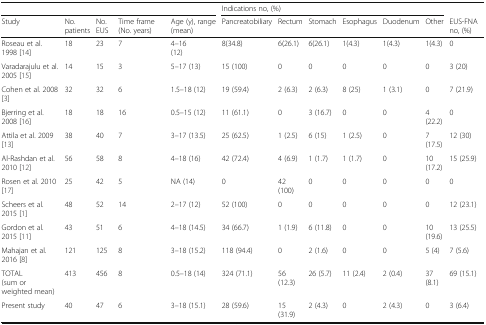
<table><thead><tr><td colspan="5"></td><td colspan="6"><b>Indications no, (%)</b></td><td></td></tr><tr><td><b>Study</b></td><td><b>No. patients</b></td><td><b>No. EUS</b></td><td><b>Time frame (No. years)</b></td><td><b>Age (y), range (mean)</b></td><td><b>Pancreatobiliary</b></td><td><b>Rectum</b></td><td><b>Stomach</b></td><td><b>Esophagus</b></td><td><b>Duodenum</b></td><td><b>Other</b></td><td><b>EUS-FNA no, (%)</b></td></tr></thead><tbody><tr><td>Roseau et al. 1998 [14]</td><td>18</td><td>23</td><td>7</td><td>4–16(12)</td><td>8(34.8)</td><td>6(26.1)</td><td>6(26.1)</td><td>1(4.3)</td><td>1(4.3)</td><td>1(4.3)</td><td>0</td></tr><tr><td>Varadarajulu et al. 2005 [15]</td><td>14</td><td>15</td><td>3</td><td>5–17 (13)</td><td>15 (100)</td><td>0</td><td>0</td><td>0</td><td>0</td><td>0</td><td>3 (20)</td></tr><tr><td>Cohen et al. 2008 [3]</td><td>32</td><td>32</td><td>6</td><td>1.5–18 (12)</td><td>19 (59.4)</td><td>2 (6.3)</td><td>2 (6.3)</td><td>8 (25)</td><td>1 (3.1)</td><td>0</td><td>7 (21.9)</td></tr><tr><td>Bjerring et al. 2008 [16]</td><td>18</td><td>18</td><td>16</td><td>0.5–15 (12)</td><td>11 (61.1)</td><td>0</td><td>3 (16.7)</td><td>0</td><td>0</td><td>4 (22.2)</td><td>0</td></tr><tr><td>Attila et al. 2009 [13]</td><td>38</td><td>40</td><td>7</td><td>3–17 (13.5)</td><td>25 (62.5)</td><td>1 (2.5)</td><td>6 (15)</td><td>1 (2.5)</td><td>0</td><td>7 (17.5)</td><td>12 (30)</td></tr><tr><td>Al-Rashdan et al. 2010 [12]</td><td>56</td><td>58</td><td>8</td><td>4–18 (16)</td><td>42 (72.4)</td><td>4 (6.9)</td><td>1 (1.7)</td><td>1 (1.7)</td><td>0</td><td>10 (17.2)</td><td>15 (25.9)</td></tr><tr><td>Rosen et al. 2010 [17]</td><td>25</td><td>42</td><td>5</td><td>NA (14)</td><td>0</td><td>42 (100)</td><td>0</td><td>0</td><td>0</td><td>0</td><td>0</td></tr><tr><td>Scheers et al. 2015 [1]</td><td>48</td><td>52</td><td>14</td><td>2–17 (12)</td><td>52 (100)</td><td>0</td><td>0</td><td>0</td><td>0</td><td>0</td><td>12 (23.1)</td></tr><tr><td>Gordon et al. 2015 [11]</td><td>43</td><td>51</td><td>6</td><td>4–18 (14.5)</td><td>34 (66.7)</td><td>1 (1.9)</td><td>6 (11.8)</td><td>0</td><td>0</td><td>10 (19.6)</td><td>13 (25.5)</td></tr><tr><td>Mahajan et al. 2016 [8]</td><td>121</td><td>125</td><td>8</td><td>3–18 (15.2)</td><td>118 (94.4)</td><td>0</td><td>2 (1.6)</td><td>0</td><td>0</td><td>5 (4)</td><td>7 (5.6)</td></tr><tr><td>TOTAL(sum or weighted mean)</td><td>413</td><td>456</td><td>8</td><td>0.5–18 (14)</td><td>324 (71.1)</td><td>56 (12.3)</td><td>26 (5.7)</td><td>11 (2.4)</td><td>2 (0.4)</td><td>37 (8.1)</td><td>69 (15.1)</td></tr><tr><td>Present study</td><td>40</td><td>47</td><td>6</td><td>3–18 (15.1)</td><td>28 (59.6)</td><td>15 (31.9)</td><td>2 (4.3)</td><td>0</td><td>2 (4.3)</td><td>0</td><td>3 (6.4)</td></tr></tbody></table>